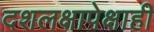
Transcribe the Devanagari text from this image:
दशलक्षापेक्षाही